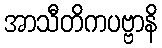
အာသီတိကပဗ္ဗာနိ